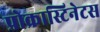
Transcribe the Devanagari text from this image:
प्रोक्रास्टिनेटस